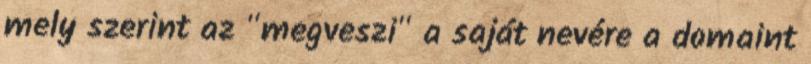
mely szerint az "megveszi" a saját nevére a domaint